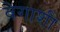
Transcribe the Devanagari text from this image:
वेगाशी